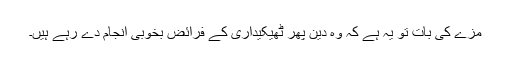
مزے کی بات تو یہ ہے کہ وہ دین پھر ٹھیکیداری کے فرائض بخوبی انجام دے رہے ہیں۔